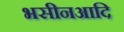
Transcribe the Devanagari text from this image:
भसीनआदि